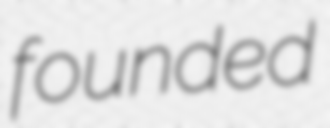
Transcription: founded